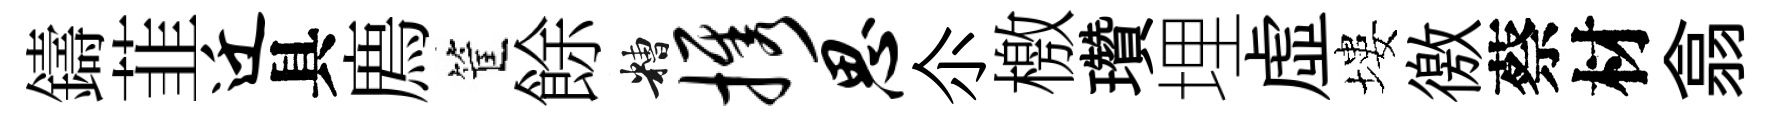
鑄韮迁具廌筐餘糟携思尒檄瓚埋虛塿徼蔡材翕